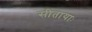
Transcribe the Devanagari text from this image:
सीतायाः